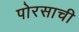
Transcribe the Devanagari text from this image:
पोरसाची